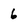
Character: 6